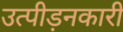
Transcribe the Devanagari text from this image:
उत्पीड़नकारी